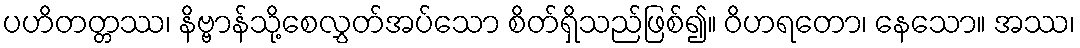
ပဟိတတ္တဿ၊ နိဗ္ဗာန်သို့စေလွှတ်အပ်သော စိတ်ရှိသည်ဖြစ်၍။ ဝိဟရတော၊ နေသော။ အဿ၊